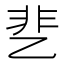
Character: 㐟